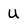
Character: U